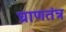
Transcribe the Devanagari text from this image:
घ्राणतंत्र